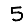
Digit: 5